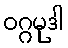
ဝဂ္ဂမုဒါ